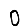
Digit: 0